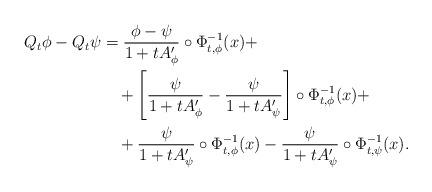
LaTeX: \begin{align*}Q_t\phi-Q_t\psi&=\frac{\phi-\psi}{1+tA'_{\phi}}\circ \Phi^{-1}_{t,\phi}(x)+\\&\quad+\left[\frac{\psi}{1+tA'_{\phi}}-\frac{\psi}{1+tA'_{\psi}}\right]\circ \Phi^{-1}_{t,\phi}(x)+ \\&\quad+\frac{\psi}{1+tA'_{\psi}}\circ \Phi^{-1}_{t,\phi}(x)-\frac{\psi}{1+tA'_{\psi}}\circ \Phi^{-1}_{t,\psi}(x).\end{align*}